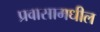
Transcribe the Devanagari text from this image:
प्रवासामधील